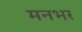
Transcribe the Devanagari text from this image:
मनभर